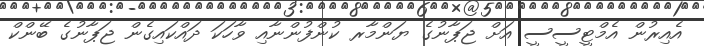
އެއިރުން އެމްޓީސީސީ އަށް ޖަޕާނުގެ ޔަންމާރ ކުންފުންނާއި ވާހަކަ ދައްކައިގެން ޖަޕާނުގެ ބޭންކް